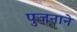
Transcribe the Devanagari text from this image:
पुजनाने